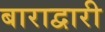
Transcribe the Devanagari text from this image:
बाराद्वारी